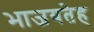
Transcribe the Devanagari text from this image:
भाजयतेह